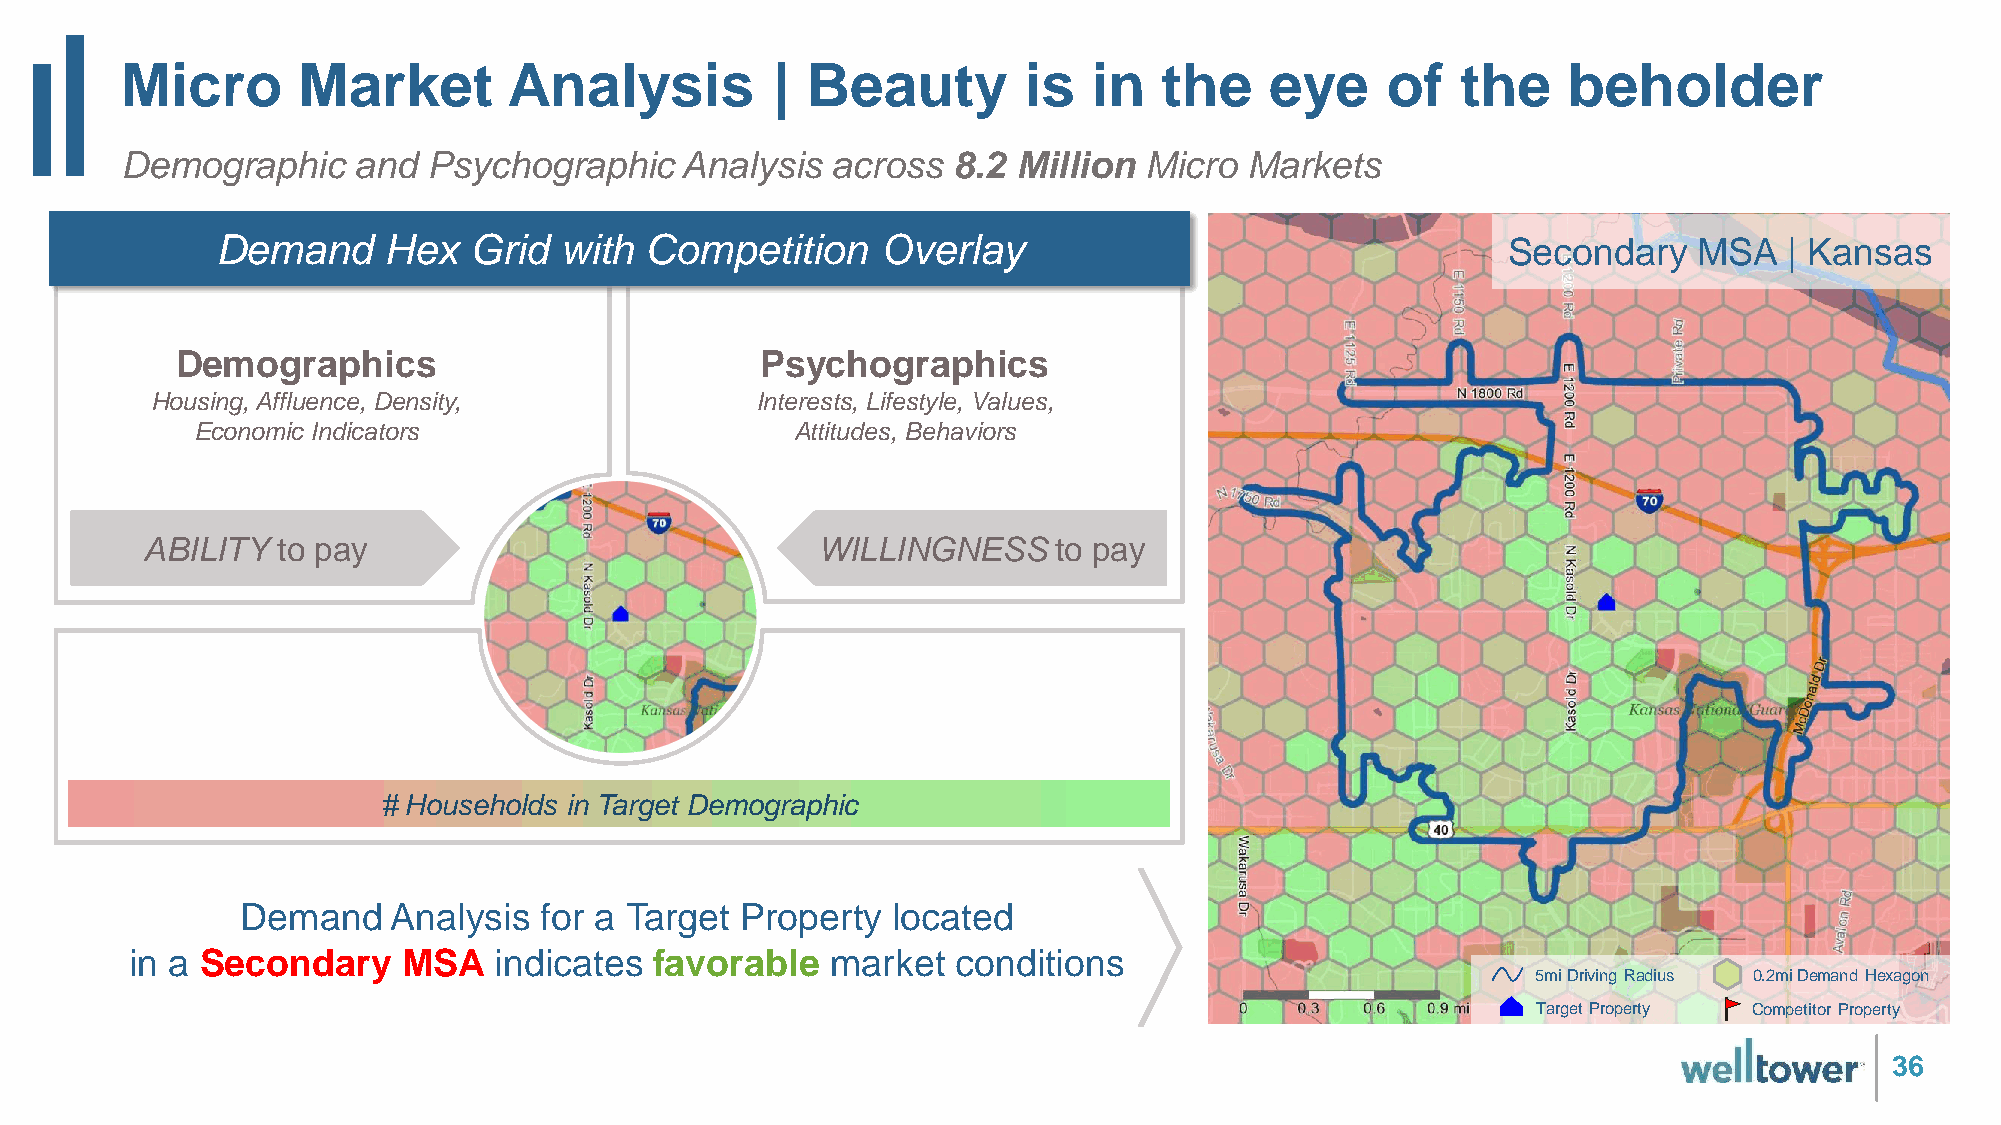
Micro       Market        Analysis         | Beauty         is  in   the    eye     of   the    beholder
 Demographic    and  Psychographic    Analysis  across  8.2 Million  Micro  Markets
 Demand     Hex   Grid  with  Competition    Overlay                                   Secondary   MSA   | Kansas
 Demographics                          Psychographics
 Housing, Affluence, Density,            Interests, Lifestyle, Values,
 Economic Indicators                     Attitudes, Behaviors
 ABILITY  to pay                              WILLINGNESS     to pay
 # Households in Target Demographic
 Demand    Analysis  for a Target Property  located
 in a Secondary    MSA   indicates favorable   market  conditions
 5miDriving Radius 0.2miDemand Hexagon
 Target Property Competitor Property
 36